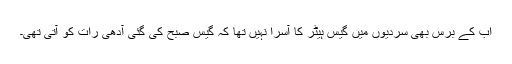
اب کے برس بھی سردیوں میں گیس ہیٹر کا آسرا نہیں تھا کہ گیس صبح کی گئی آدھی رات کو آتی تھی۔